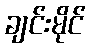
ချင်းမိုင်